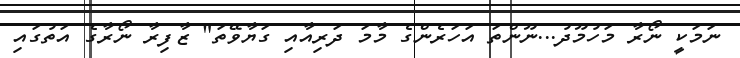
ނަމަކީ ނޯރާ މަހުމޫދު...ނޫންތަ އަހަރެންގެ މާމަ ދަރިއާއި ގަޔާވޭތަ" ޒާފިރާ ނޯރާގެ އަތުގައި